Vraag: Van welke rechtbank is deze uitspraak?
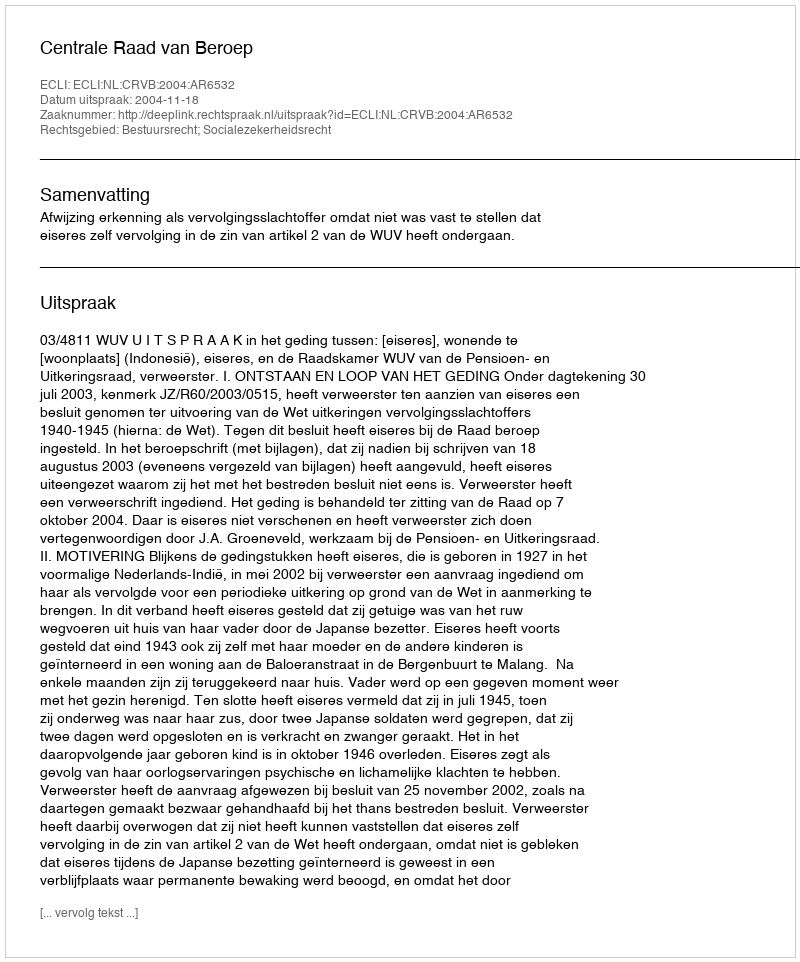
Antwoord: Centrale Raad van Beroep